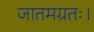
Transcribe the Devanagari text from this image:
जातमग्रतः।